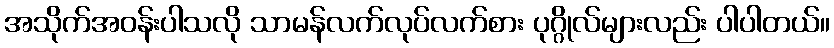
အသိုက်အဝန်းပါသလို သာမန်လက်လုပ်လက်စား ပုဂ္ဂိုလ်များလည်း ပါပါတယ်။